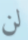
لن